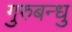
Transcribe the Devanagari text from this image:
गुरुबन्‍धु